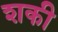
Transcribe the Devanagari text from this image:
शकी